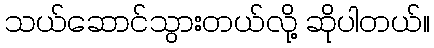
သယ်ဆောင်သွားတယ်လို့ ဆိုပါတယ်။